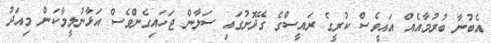
އެބުނާ ބުރުމާއެއް އައީވެސް ކުރީގެ ރައީސްގެ ގޭދޮށުގައި ސަލާން ޖަހައިގެންވެސް އަޅާނުލީމާކަން މިއަދު